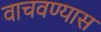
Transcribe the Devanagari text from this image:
वाचवण्यास